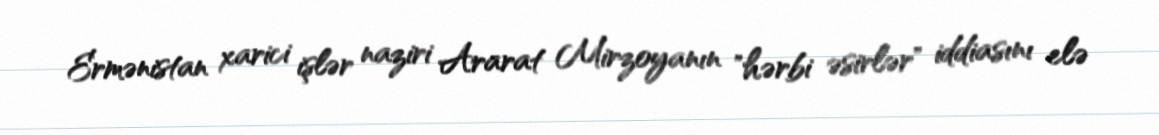
Ermənistan xarici işlər naziri Ararat Mirzoyanın "hərbi əsirlər" iddiasını elə